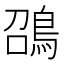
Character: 䳂